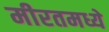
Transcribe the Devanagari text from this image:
मीरतमध्ये